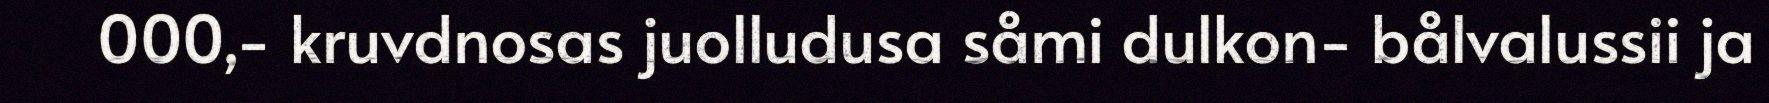
000,- kruvdnosas juolludusa såmi dulkon- bålvalussii ja